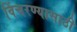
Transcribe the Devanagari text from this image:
विंचरण्यासाठी